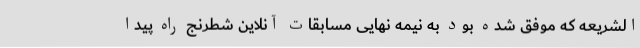
الشریعه که موفق شده بود به نیمه نهایی مسابقات آنلاین شطرنج راه پیدا